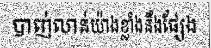
បាញ់លាន់យ៉ាងខ្លាំងនឹងផ្សែង